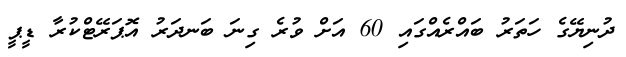
ދުނިޔޭގެ ހަތަރު ބައްރެއްގައި 60 އަށް ވުރެ ގިނަ ބަނދަރު އޮޕަރޭޓްކުރާ ޑީޕީ